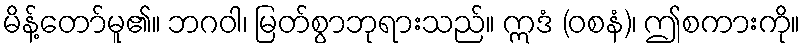
မိန့်တော်မူ၏။ ဘဂဝါ၊ မြတ်စွာဘုရားသည်။ ဣဒံ (ဝစနံ)၊ ဤစကားကို။